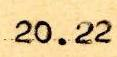
20.22